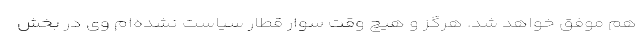
هم موفق خواهد شد. هرگز و هیچ وقت سوار قطار سیاست نشده‌ام وی در بخش